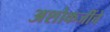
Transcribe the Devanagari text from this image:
अशोकजींचे